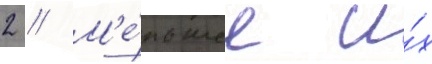
2 // М'е́ньшее и́х